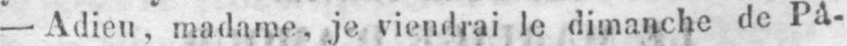
- Adieu, madame, je viendrai le dimanche de Pâ-